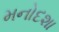
મનોદશા